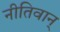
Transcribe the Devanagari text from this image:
नीतिवान्‌